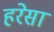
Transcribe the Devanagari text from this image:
हरेसा